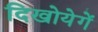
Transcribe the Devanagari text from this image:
दिखोयेगें